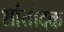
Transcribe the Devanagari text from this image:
शांतोदक